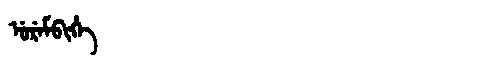
Manchu: ᡠᡵᡝᠮᠪᡳᡥᡝ
Romanization: UREMBIHE